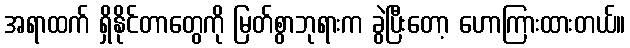
အရာထက် ရှိနိုင်တာတွေကို မြတ်စွာဘုရားက ခွဲပြီးတော့ ဟောကြားထားတယ်။